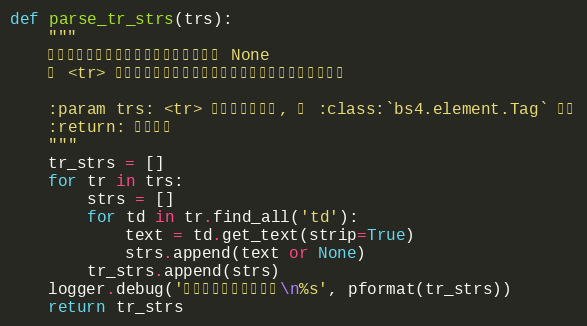
Language: Python
def parse_tr_strs(trs):
    """
    将没有值但有必须要的单元格的值设置为 None
    将 <tr> 标签数组内的单元格文字解析出来并返回一个二维列表

    :param trs: <tr> 标签或标签数组, 为 :class:`bs4.element.Tag` 对象
    :return: 二维列表
    """
    tr_strs = []
    for tr in trs:
        strs = []
        for td in tr.find_all('td'):
            text = td.get_text(strip=True)
            strs.append(text or None)
        tr_strs.append(strs)
    logger.debug('从行中解析出以下数据\n%s', pformat(tr_strs))
    return tr_strs